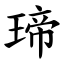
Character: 𤧛